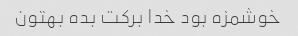
خوشمزه بود خدا برکت بده بهتون